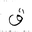
Letter: _qaf